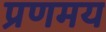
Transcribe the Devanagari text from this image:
प्रणमय